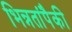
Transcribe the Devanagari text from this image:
भिन्नतांपैकी